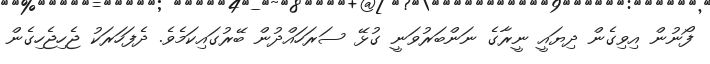
ފޯނުން އިވިގެން ދިޔައީ ނީރާގެ ނަންބަރުވަނީ ގުޅޭ ސަރަހައްދުން ބޭރުގައިކަމެވެ. ދެފަހަރަކު ޖެހިޖެހިގެން